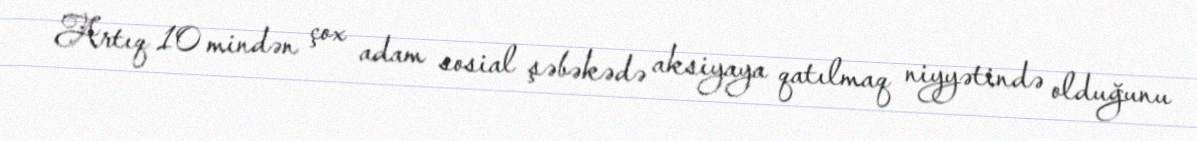
Artıq 10 mindən çox adam sosial şəbəkədə aksiyaya qatılmaq niyyətində olduğunu